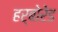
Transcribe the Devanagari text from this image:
हर्बोरेड